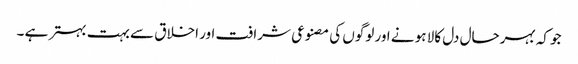
جو کہ بہرحال دل کالا ہو نے اور لوگوں کی مصنوعی شرافت اور اخلاق سے بہت بہتر ہے ۔